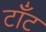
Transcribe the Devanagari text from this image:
टाँट